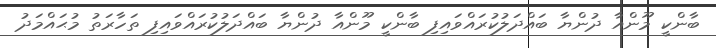
ބާންކީ މޫންއާ ދުންޔާ ބައްދަލުކުރައްވައިފި ބާންކީ މޫންއާ ދުންޔާ ބައްދަލުކުރައްވައިފި ތަހާރަތު މުޙައްމަދު